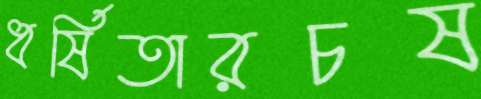
ধর্ষিতারচষ